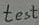
Text: test